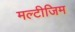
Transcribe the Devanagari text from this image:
मल्टीजिम